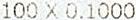
100 X 0.1000